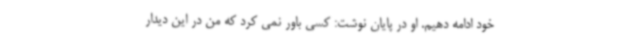
خود ادامه دهیم. او در پایان نوشت: کسی باور نمی کرد که من در این دیدار